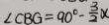
\angle C B G = 9 0 ^ { \circ } - \frac { 3 } { 2 } x